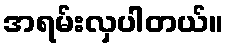
အရမ်းလှပါတယ်။